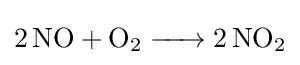
{\ce {2 NO + O2 -> 2 NO2}}